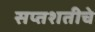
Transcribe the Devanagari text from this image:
सप्तशतीचे